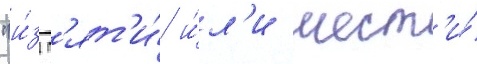
"и́з п'ят'и́ и́л'и шест'и́